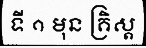
ទី ១ មុន គ្រិស្ត